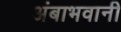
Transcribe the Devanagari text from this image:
अंबाभवानी